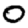
Digit: 0